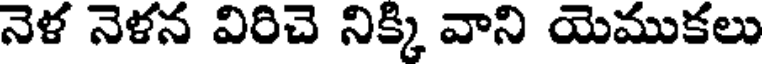
నెళ నెళన విరిచె నిక్కి వాని యెముకలు